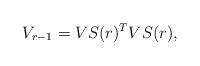
LaTeX: \begin{align*}V_{r-1}=VS(r)^{T}VS(r),\end{align*}